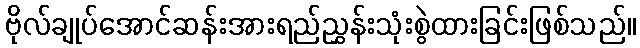
ဗိုလ်ချုပ်အောင်ဆန်းအားရည်ညွှန်းသုံးစွဲထားခြင်းဖြစ်သည်။